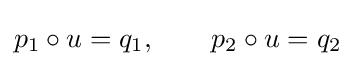
p_{1}\circ u=q_{1},\qquad p_{2}\circ u=q_{2}